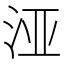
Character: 𮳅